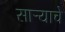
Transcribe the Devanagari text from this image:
सार्‍याचे